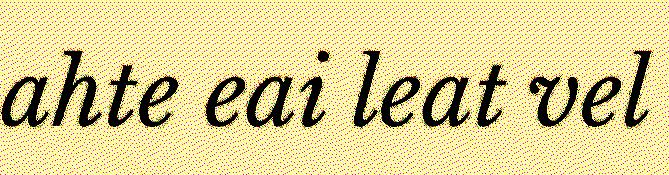
ahte eai leat vel